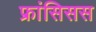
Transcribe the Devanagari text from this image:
फ्रांसिसस